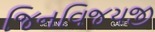
જિનવિજયજી